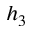
h _ { 3 }